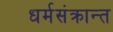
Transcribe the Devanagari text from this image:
धर्मसंक्रान्त